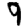
Digit: 9